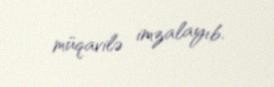
müqavilə imzalayıb.